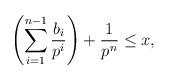
LaTeX: \begin{align*}\left(\sum_{i=1}^{n-1} \frac{b_i}{p^i}\right) +\frac{1}{p^n}\le x,\end{align*}